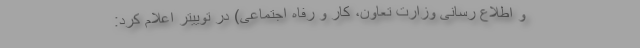
و اطلاع رسانی وزارت تعاون، کار و رفاه اجتماعی) در توییتر اعلام کرد: